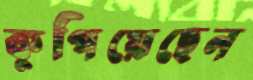
কুপিয়েছেন